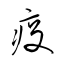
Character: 疫